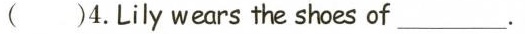
()4.Lily wears the shoes of___.